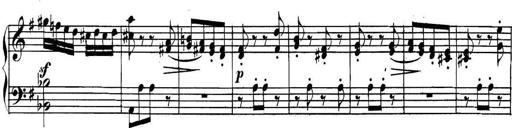
Title: Collected Piano Sonatas
Composer: Muzio Clementi